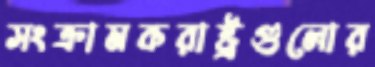
সংক্রামকরাষ্ট্রগুলোর